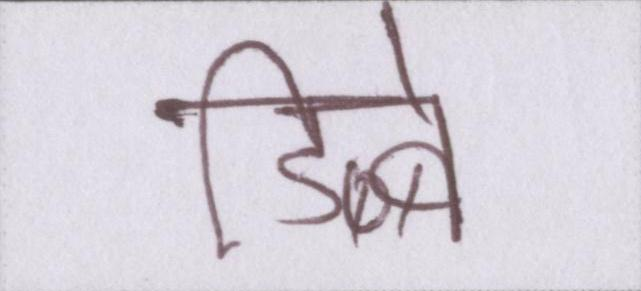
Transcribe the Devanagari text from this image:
डिब्बे